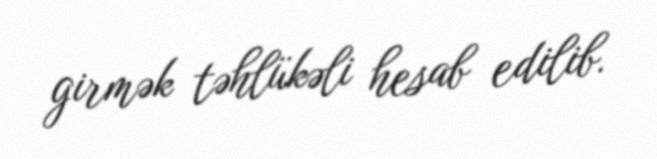
girmək təhlükəli hesab edilib.